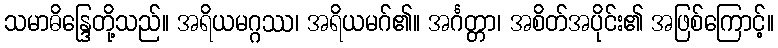
သမာဓိန္ဒြေတို့သည်။ အရိယမဂ္ဂဿ၊ အရိယမဂ်၏။ အင်္ဂတ္တာ၊ အစိတ်အပိုင်း၏ အဖြစ်ကြောင့်။